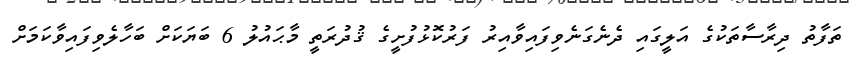
ތަފާތު ދިރާސާތަކުގެ އަލީގައި ދެނެގަނެވިފައިވާއިރު ފަރުކޮޅުފުށީގެ ޤުދުރަތީ މާޙައުލު 6 ބަޔަކަށް ބަހާލެވިފައިވާކަމަށް